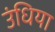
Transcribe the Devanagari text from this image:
उंधिया